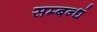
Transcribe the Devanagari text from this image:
सम्बन्धं